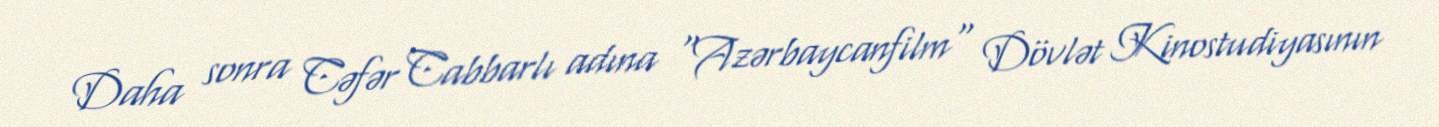
Daha sonra Cəfər Cabbarlı adına "Azərbaycanfilm" Dövlət Kinostudiyasının